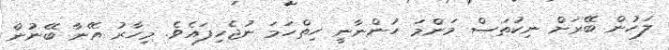
ލަހުން ބޭރަށް ނިކުތަސް މަންމަ ހުންނާނީ ހިތްހަމަ ނުޖެހިފައެވެ. މިހާރު އޭނާ ބޭނުން